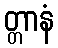
တ္တာနံ